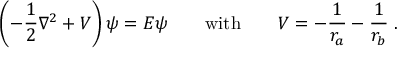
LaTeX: \left( - { \frac { 1 } { 2 } } \nabla ^ { 2 } + V \right) \psi = E \psi \qquad { \mathrm { w i t h } } \qquad V = - { \frac { 1 } { r _ { a } } } - { \frac { 1 } { r _ { b } } } \; .